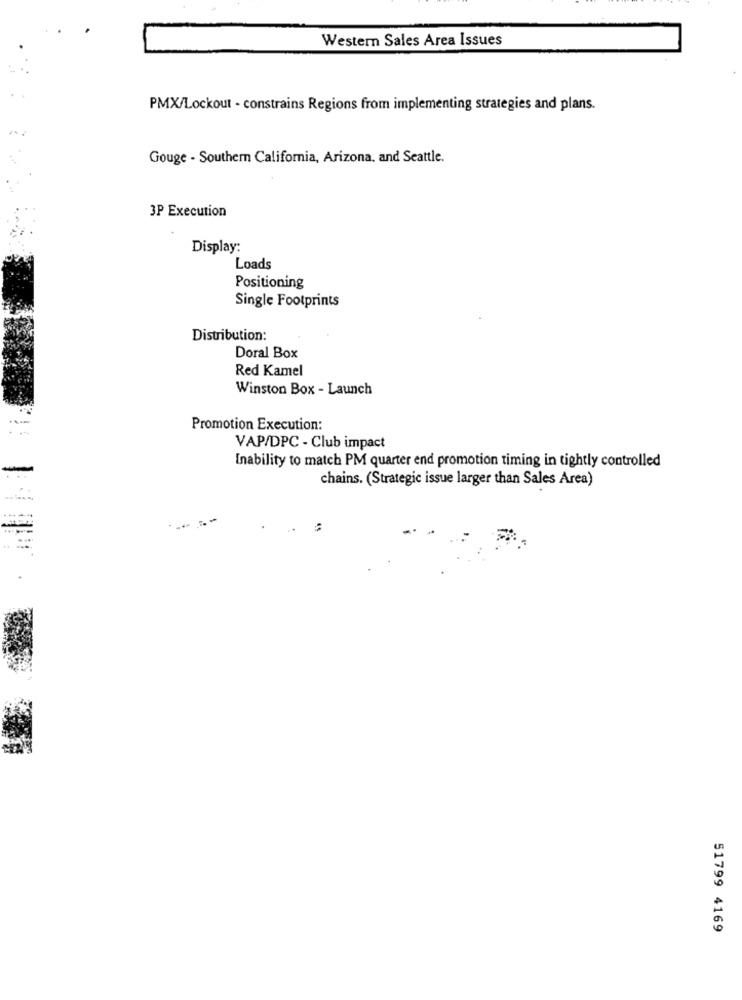
Western Sales Area Issues
PMX/Lockout - constrains Regions from implementing strategies and plans.
Gouge - Southern California, Arizona, and Seattle.
3P Execution
Display:
Loads
Positioning
Single Footprints
Distribution:
Doral Box
Red Kamel
Winston Box - Launch
Promotion Execution:
VAP/DPC - Club impact
Inability to match PM quarter end promotion timing in tightly controlled
chains. (Strategic issue larger than Sales Area)
51799 4169